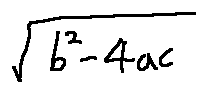
\sqrt { b ^ { 2 } - 4 a c }